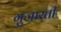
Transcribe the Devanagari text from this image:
गुजारती